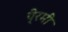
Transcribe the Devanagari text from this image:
पे्रमी